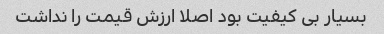
بسیار بی کیفیت بود اصلا ارزش قیمت را نداشت